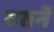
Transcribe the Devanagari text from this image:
वतनें